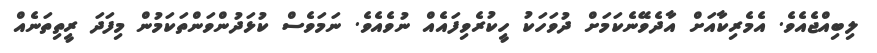
ލިބިއްޖެއެވެ. އެމެރިކާއަށް އާދެވޭނެކަމަށް ދުވަހަކު ހީކުރެވިފައެއް ނުވެއެވެ. ނަމަވެސް ކުޅަދުންވަންތަކަމުން މިފަދަ ރީތިތަނެއް